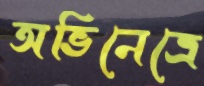
অভিনেত্রে